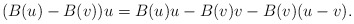
\begin{align*}(B(u)-B(v) ) u = B(u)u-B(v) v - B(v)(u-v).\end{align*}